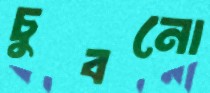
চুবনো